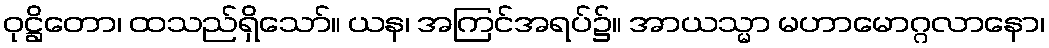
ဝုဋ္ဌိတော၊ ထသည်ရှိသော်။ ယန၊ အကြင်အရပ်၌။ အာယသ္မာ မဟာမောဂ္ဂလာနော၊